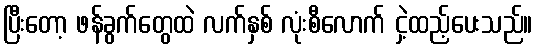
ပြီးတော့ ဖန်ခွက်တွေထဲ လက်နှစ် လုံးစီလောက် ငှဲ့ထည့်ပေးသည်။